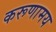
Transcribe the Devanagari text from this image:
करूणामय